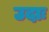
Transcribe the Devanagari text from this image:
उदाः